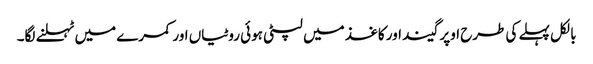
بالکل پہلے کی طرح اوپر گیند اور کاغذ میں لپٹی ہوئی روٹیاں اور کمرے میں ٹہلنے لگا۔